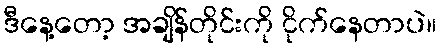
ဒီနေ့တော့ အချိန်တိုင်းကို ငိုက်နေတာပဲ။